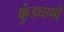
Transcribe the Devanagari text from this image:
कुंडघानी